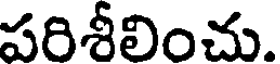
పరిశీలించు.